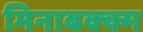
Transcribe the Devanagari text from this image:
मिनाबक्क्म